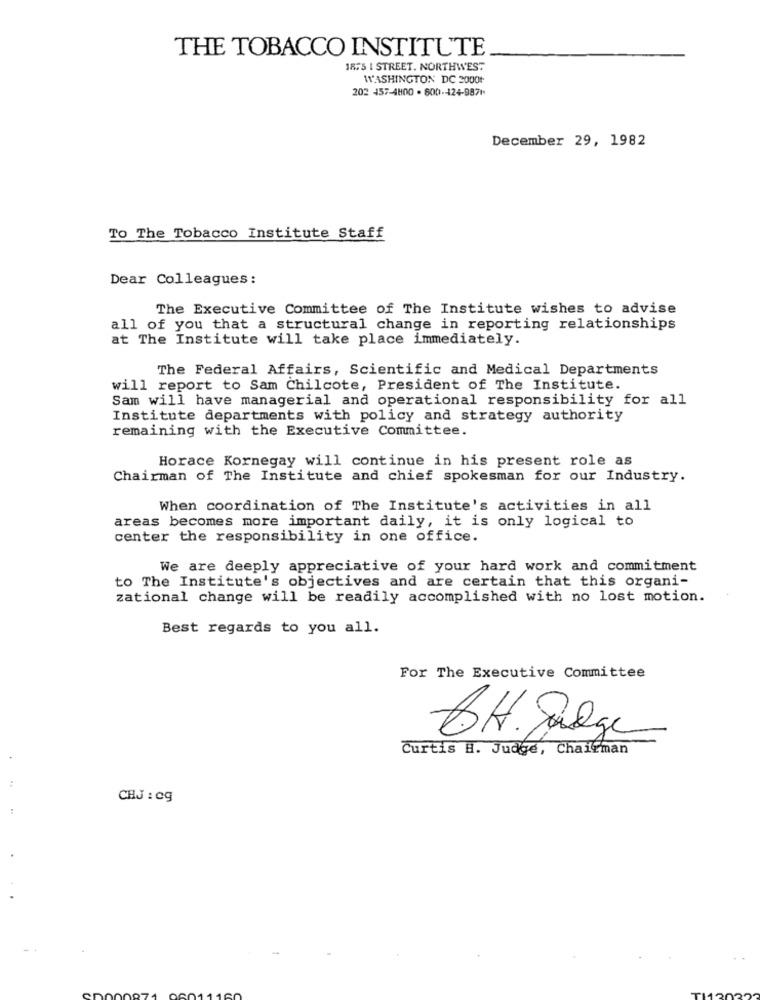
THE TOBACCO INSTITUTE
1875 | STREET. NORTHWEST
WASHINGTON DC 2000
202 457-4800 - 800-124-9871
December 29, 1982
To The Tobacco Institute Staff
Dear Colleagues :
The Executive Committee of The Institute wishes to advise
all of you that a structural change in reporting relationships
at The Institute will take place immediately.
The Federal Affairs, Scientific and Medical Departments
will report to Sam Chilcote, President of The Institute.
Sam will have managerial and operational responsibility for all
Institute departments with policy and strategy authority
remaining with the Executive Committee.
Horace Kornegay will continue in his present role as
Chairman of The Institute and chief spokesman for our Industry.
When coordination of The Institute's activities in all
areas becomes more important daily, it is only logical to
center the responsibility in one office.
We are deeply appreciative of your hard work and commitment
to The Institute's objectives and are certain that this organi-
zational change will be readily accomplished with no lost motion.
Best regards to you all.
For The Executive Committee
BH.Jorge
Curtis H. Judge, Chairman
CBJ : 0g